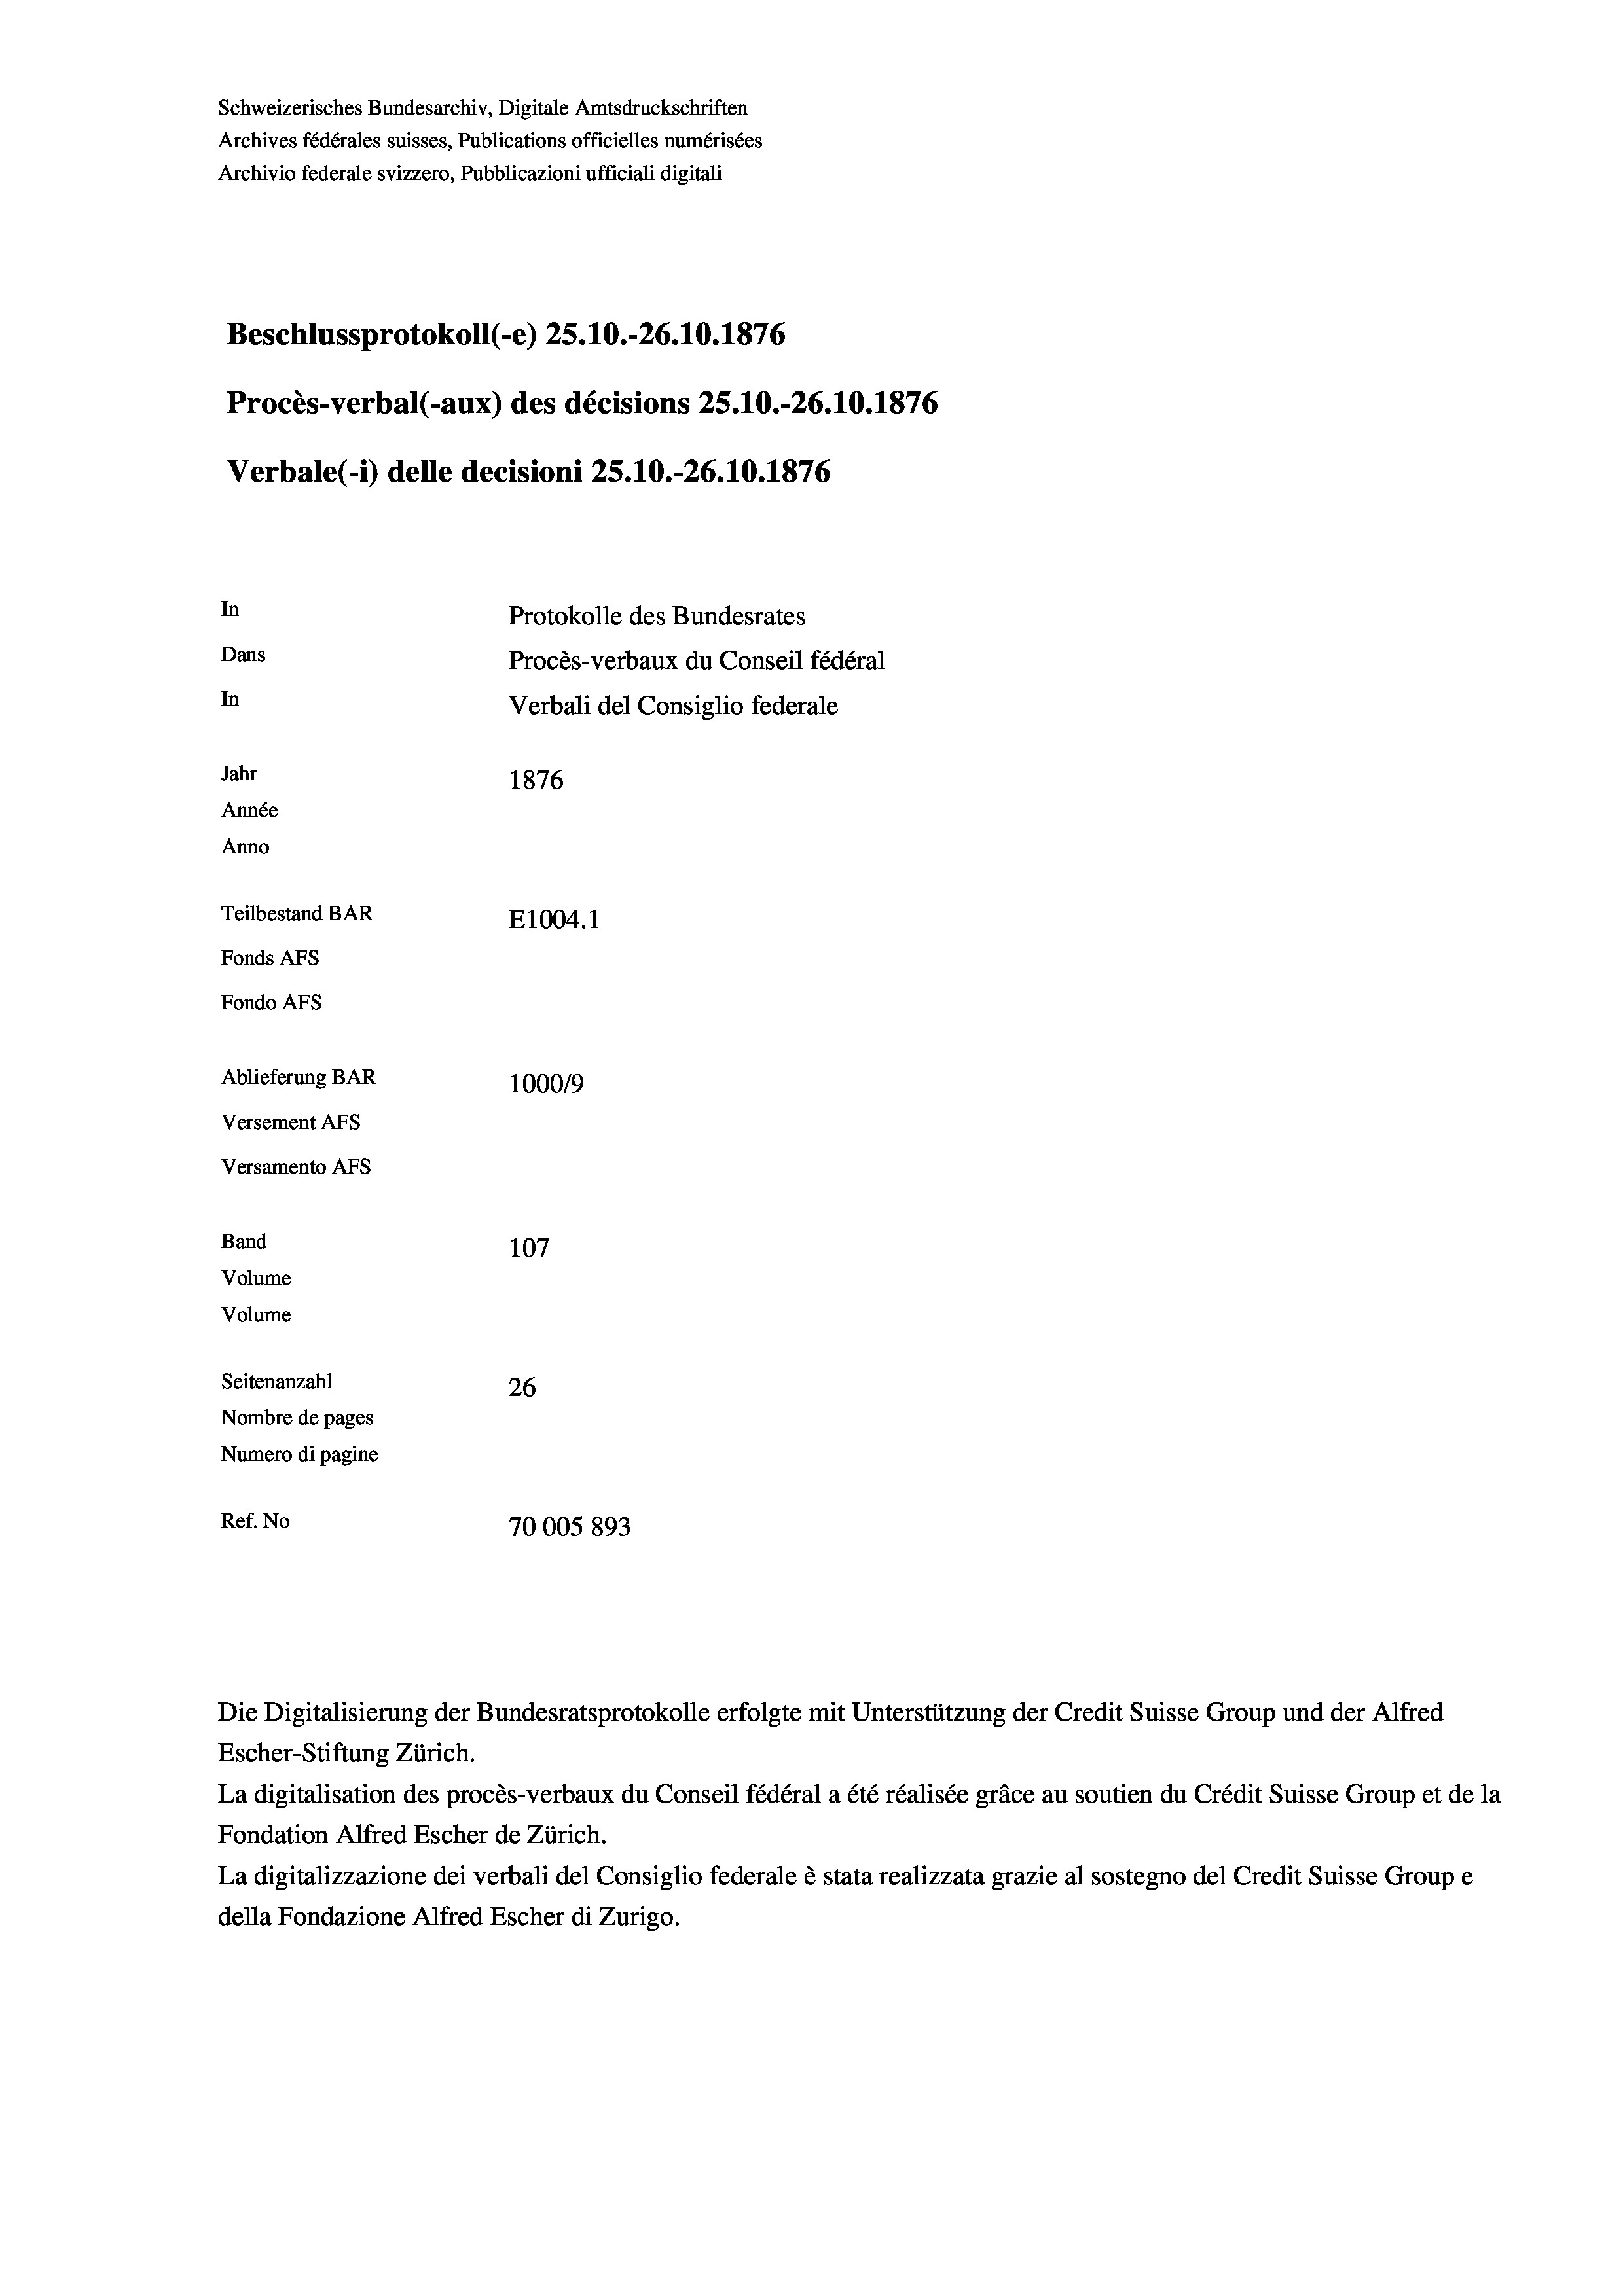
Schweizerisches Bundesarchiv, Digitale Amtsdruckschriften
Archives fédérales suisses, Publications officielles numérisées
Archivio federale svizzero, Pubblicazioni ufficiali digitali
Beschlussprotokoll (-e) 25.10.-26.10.1876
Procès-verbal (-aux) des décisions 25.10.-26.10.1876
Verbale(1) delle decisioni 25.10.-26.10.1876
In
Protokolle des Bundesrates
Dans
Procès-verbaux du Conseil fédéral
In
Verbali del Consiglio federale
Jahr
1876
Année
Anno
Teilbestand BAR
E1004. 1
Fonds AFs
Fondo AFS
Ablieferung BAR
100019
Versement AFs
Versamento AFs
Band
107
Volume
Volume

Seitenanzahl
26
Nombre de pages
Numero di pagine
Ref. No
70005 893

Escher-Stiftung Zürich.
La digitalisation des procès-verbaux du Conseil fédéral a été réalisée gräce au soutien du Crédit Suisse Group et de la
Fondation Alfred Escher de Zürich.
La digitalizzazione dei verbali del Consiglio federale è stata realizzata grazie al sostegno del Credit Suisse Groupe
della Fondazione Alfred Escher di Zurigo.

Die Digitalisierung der Bundesratsprotokolle erfolgte mit Unterstützung der Credit Suisse Group und der Alfred